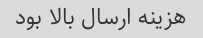
هزینه ارسال بالا بود